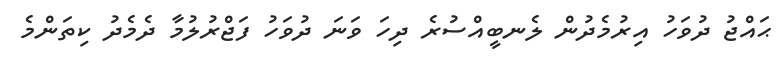
ޙައްޖު ދުވަހު އިރުމެދުން ލެނބީއްސުރެ ދިހަ ވަނަ ދުވަހު ފަޖްރުލުމާ ދެމެދު ކިތަންމެ